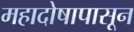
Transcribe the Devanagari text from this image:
महादोषापासून